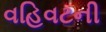
વહિવટની